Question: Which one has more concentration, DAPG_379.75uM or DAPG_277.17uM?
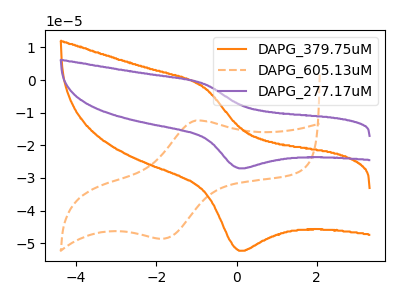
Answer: <think>The orange curve "DAPG_379.75uM" has an anodic peak at (-0.80V, -2.30uA) and a cathodic peak at (0.05V, -52.30uA). The orange dashed curve "DAPG_605.13uM" has an anodic peak at (-1.05V, -12.45uA) and a cathodic peak at (-1.85V, -48.65uA). The purple curve "DAPG_277.17uM" has an anodic peak at (-0.80V, -1.20uA) and a cathodic peak at (0.05V, -27.05uA).
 All the peaks in "DAPG_379.75uM" have a peak in "DAPG_277.17uM" at the same potential.</think>
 <answer>I cant tell if "DAPG_379.75uM" or "DAPG_277.17uM" has higher concentration.</answer>
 <eval>mixed_concentration</eval>